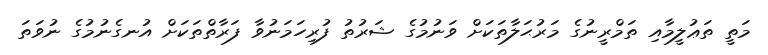
މަތީ ތަޢުލީމާއި ތަމްރީނުގެ މަރުޙަލާތަކަށް ވަނުމުގެ ޝަރުތު ފުރިހަމަނުވާ ފަރާތްތަކަށް އުނގެނުމުގެ ނުވަތަ